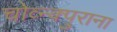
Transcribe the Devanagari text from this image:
चोव्न्क्पुराना